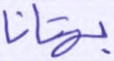
بهتانا